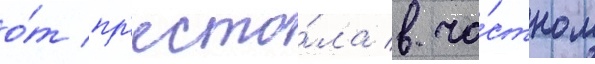
о́т пр'есто́ла в ча́стном